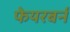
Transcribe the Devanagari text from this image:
फेयरबर्न